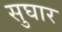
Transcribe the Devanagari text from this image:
सुघार